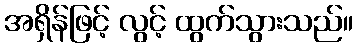
အရှိန်ဖြင့် လွင့် ထွက်သွားသည်။